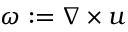
\omega : = \nabla \times { u }